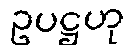
ဥပဋ္ဌဟု